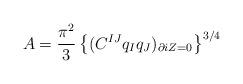
LaTeX: \begin{align*}A = {\pi^2\over 3} \left\{ (C^{IJ} q_I q_J)_{\partial iZ=0}\right\}^{3/4}\end{align*}